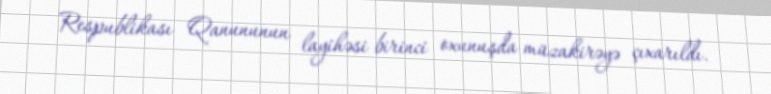
Respublikası Qanununun layihəsi birinci oxunuşda müzakirəyə çıxarıldı.